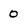
Character: 0